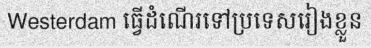
Westerdam ធ្វើដំណើរទៅប្រទេសរៀងខ្លួន